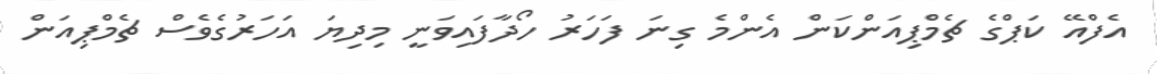
އެފްއޭ ކަޕްގެ ޗެމްޕިއަންކަން އެންމެ ގިނަ ފަހަރު ހޯދާފައިވަނީ މިދިޔަ އަހަރުގެވެސް ޗެމްޕިއަން